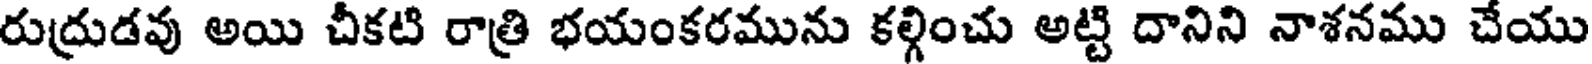
రుద్రుడవు అయి చీకటి రాత్రి భయంకరమును కల్గించు అట్టి దానిని నాశనము చేయు